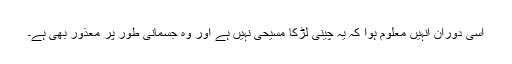
اسی دوران انہیں معلوم ہوا کہ یہ چینی لڑکا مسیحی نہیں ہے اور وہ جسمانی طور پر معذور بھی ہے۔